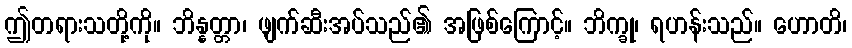
ဤတရားသတို့ကို။ ဘိန္နတ္တာ၊ ဖျက်ဆီးအပ်သည်၏ အဖြစ်ကြောင့်။ ဘိက္ခု၊ ရဟန်းသည်။ ဟောတိ၊